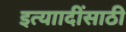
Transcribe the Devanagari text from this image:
इत्याादींसाठी